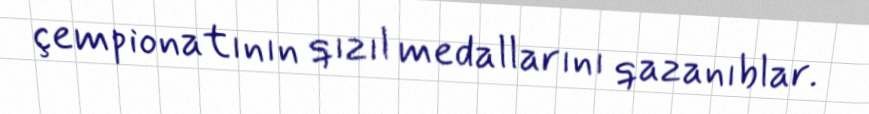
çempionatının qızıl medallarını qazanıblar.